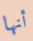
أنها